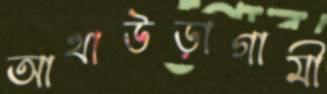
আখাউড়াগামী